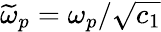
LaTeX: \widetilde{\omega}_{p}=\omega_{p}/\sqrt{c_{1}}